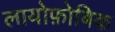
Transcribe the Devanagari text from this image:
लायोफ़ोबिक